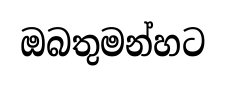
ඔබතුමන්හට